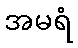
အမရံ